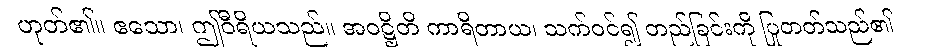
ဟုတ်၏။ ဧသော၊ ဤဝီရိယသည်။ အဝဋ္ဌိတိ ကာရိတာယ၊ သက်ဝင်၍ တည်ခြင်းကို ပြုတတ်သည်၏